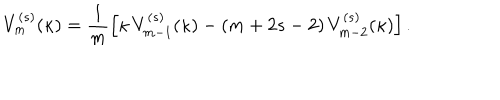
V _ { m } ^ { ( s ) } ( \kappa ) = \frac { 1 } { m } \left[ \kappa \, V _ { m - 1 } ^ { ( s ) } ( \kappa ) - ( m + 2 s - 2 ) \, V _ { m - 2 } ^ { ( s ) } ( \kappa ) \right] .